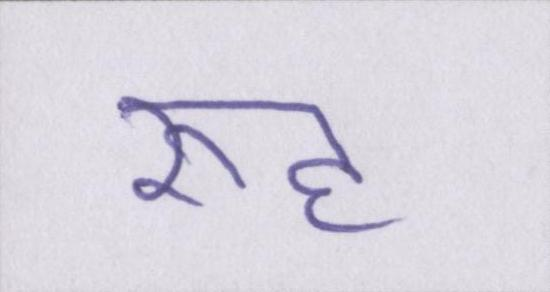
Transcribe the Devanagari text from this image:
रूह